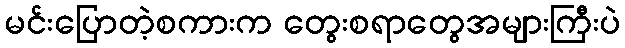
မင်းပြောတဲ့စကားက တွေးစရာတွေအများကြီးပဲ